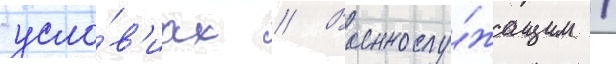
усло́в'иах // Военнослу́жащим /